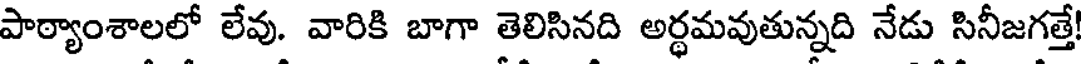
పాఠ్యాంశాలలో లేవు. వారికి బాగా తెలిసినది అర్థమవుతున్నది నేడు సినీజగత్తే